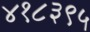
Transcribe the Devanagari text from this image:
४१८३९५